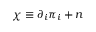
\chi \equiv \partial _ { i } \pi _ { i } + n